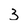
Character: 3